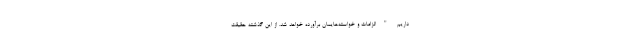
داریم "الزامات و خواسته‌هایمان برآورده خواهد شد. از این گذشته حقیقت